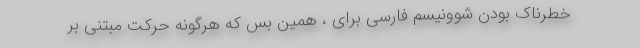
خطرناک بودن شوونیسم فارسی برای ، همین بس که هرگونه حرکت مبتنی بر